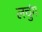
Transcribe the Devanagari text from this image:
लचुंग